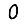
Digit: 0